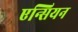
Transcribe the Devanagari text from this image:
एन्सियन